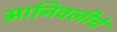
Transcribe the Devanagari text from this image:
मानिवलीचे